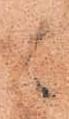
可